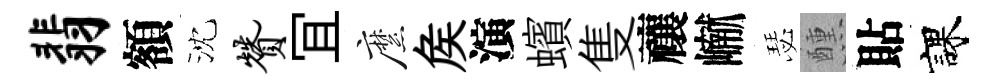
翡額沈赞冝縻矦演蠙隻禳𪩘瑟醺貼課